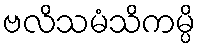
ဗလိသမံသိကမ္ပိ